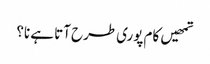
تمھیں کام پوری طرح آتا ہے نا؟